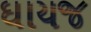
ઘાયજ